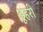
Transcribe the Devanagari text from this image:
डूहरी